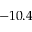
- 1 0 . 4